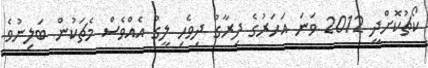
ކޯޗުކޮށްދީ 2012 ވަނަ އަހަރުގެ ދިރާގު ދިވެހި ލީގު އެއްވެސް މެޗަކުން ބަލިނުވެ